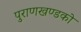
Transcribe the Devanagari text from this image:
पुराणखण्डको